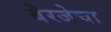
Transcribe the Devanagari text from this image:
बेरजेचा